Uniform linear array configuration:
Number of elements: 12
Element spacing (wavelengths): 1
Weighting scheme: hann
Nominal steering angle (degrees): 15
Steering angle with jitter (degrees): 13.109
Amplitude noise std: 0.05
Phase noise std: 0.05

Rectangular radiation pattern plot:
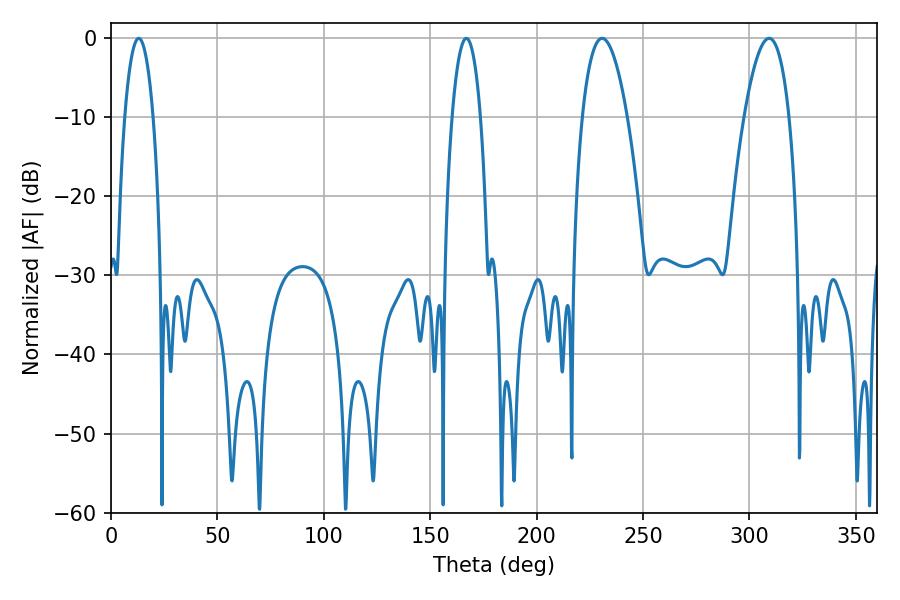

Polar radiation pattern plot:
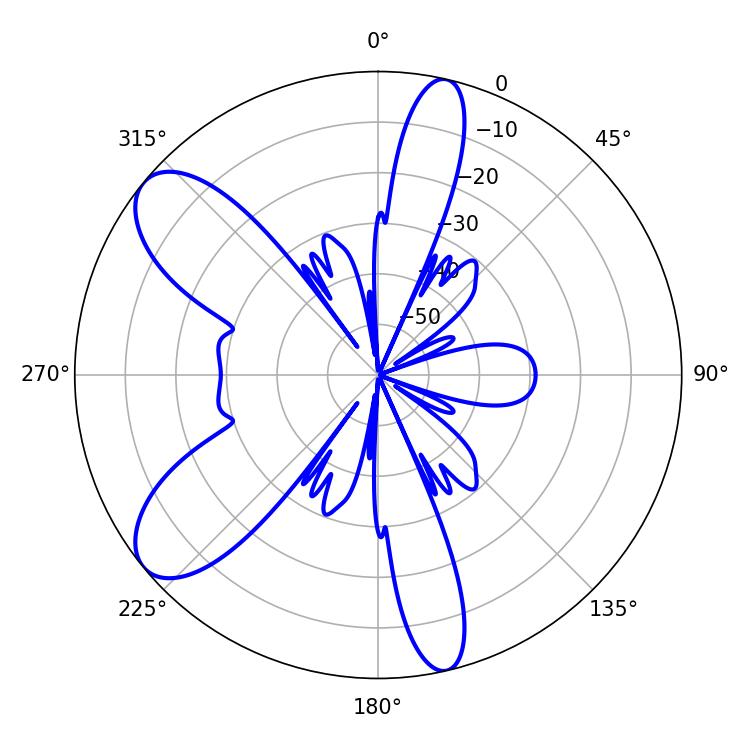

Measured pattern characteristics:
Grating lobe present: TRUE
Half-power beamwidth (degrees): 11.7
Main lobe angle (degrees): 230.76